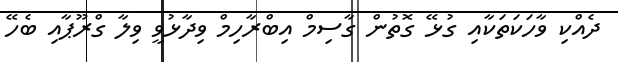
ދެއްކި ވާހަކަތަކާއި ގުޅޭ ގޮތުން ގާސިމް އިބްރާހިމް ވިދާޅުވީ ވިލާ ގްރޫޕާއި ބެހޭ